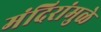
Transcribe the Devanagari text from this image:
मंदिरांमुळे